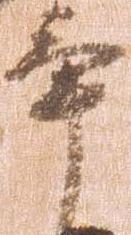
畢